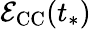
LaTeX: \mathcal{E}_{\mathrm{CC}}(t_{*})